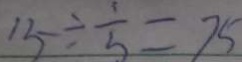
1 5 \div \frac { 1 } { 5 } = 7 5